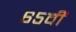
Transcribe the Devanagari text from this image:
६५वीं